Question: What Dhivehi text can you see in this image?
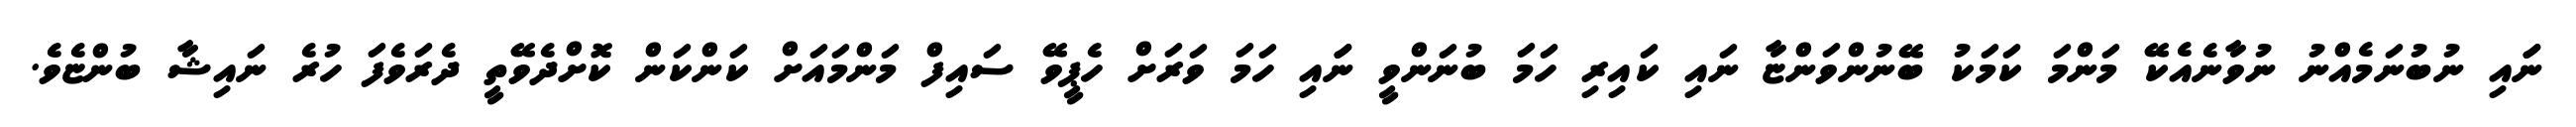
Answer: ނަައި ނުބުނަމެއްނު ނުވާނެއެކޭ މަންމަ ކަމަކު ބޭނުންވަންޏާ ނައި ކައިރި ހަމަ ބުނަންވީ ނަައި ހަމަ ވަރަށް ހެޕީވޭ ސައިފް މަންމައަށް ކަންކަން ކޮށްދެވޭތީ ދެރަވެފަ ހުރެ ނައިޝާ ބުންޏެވެ.